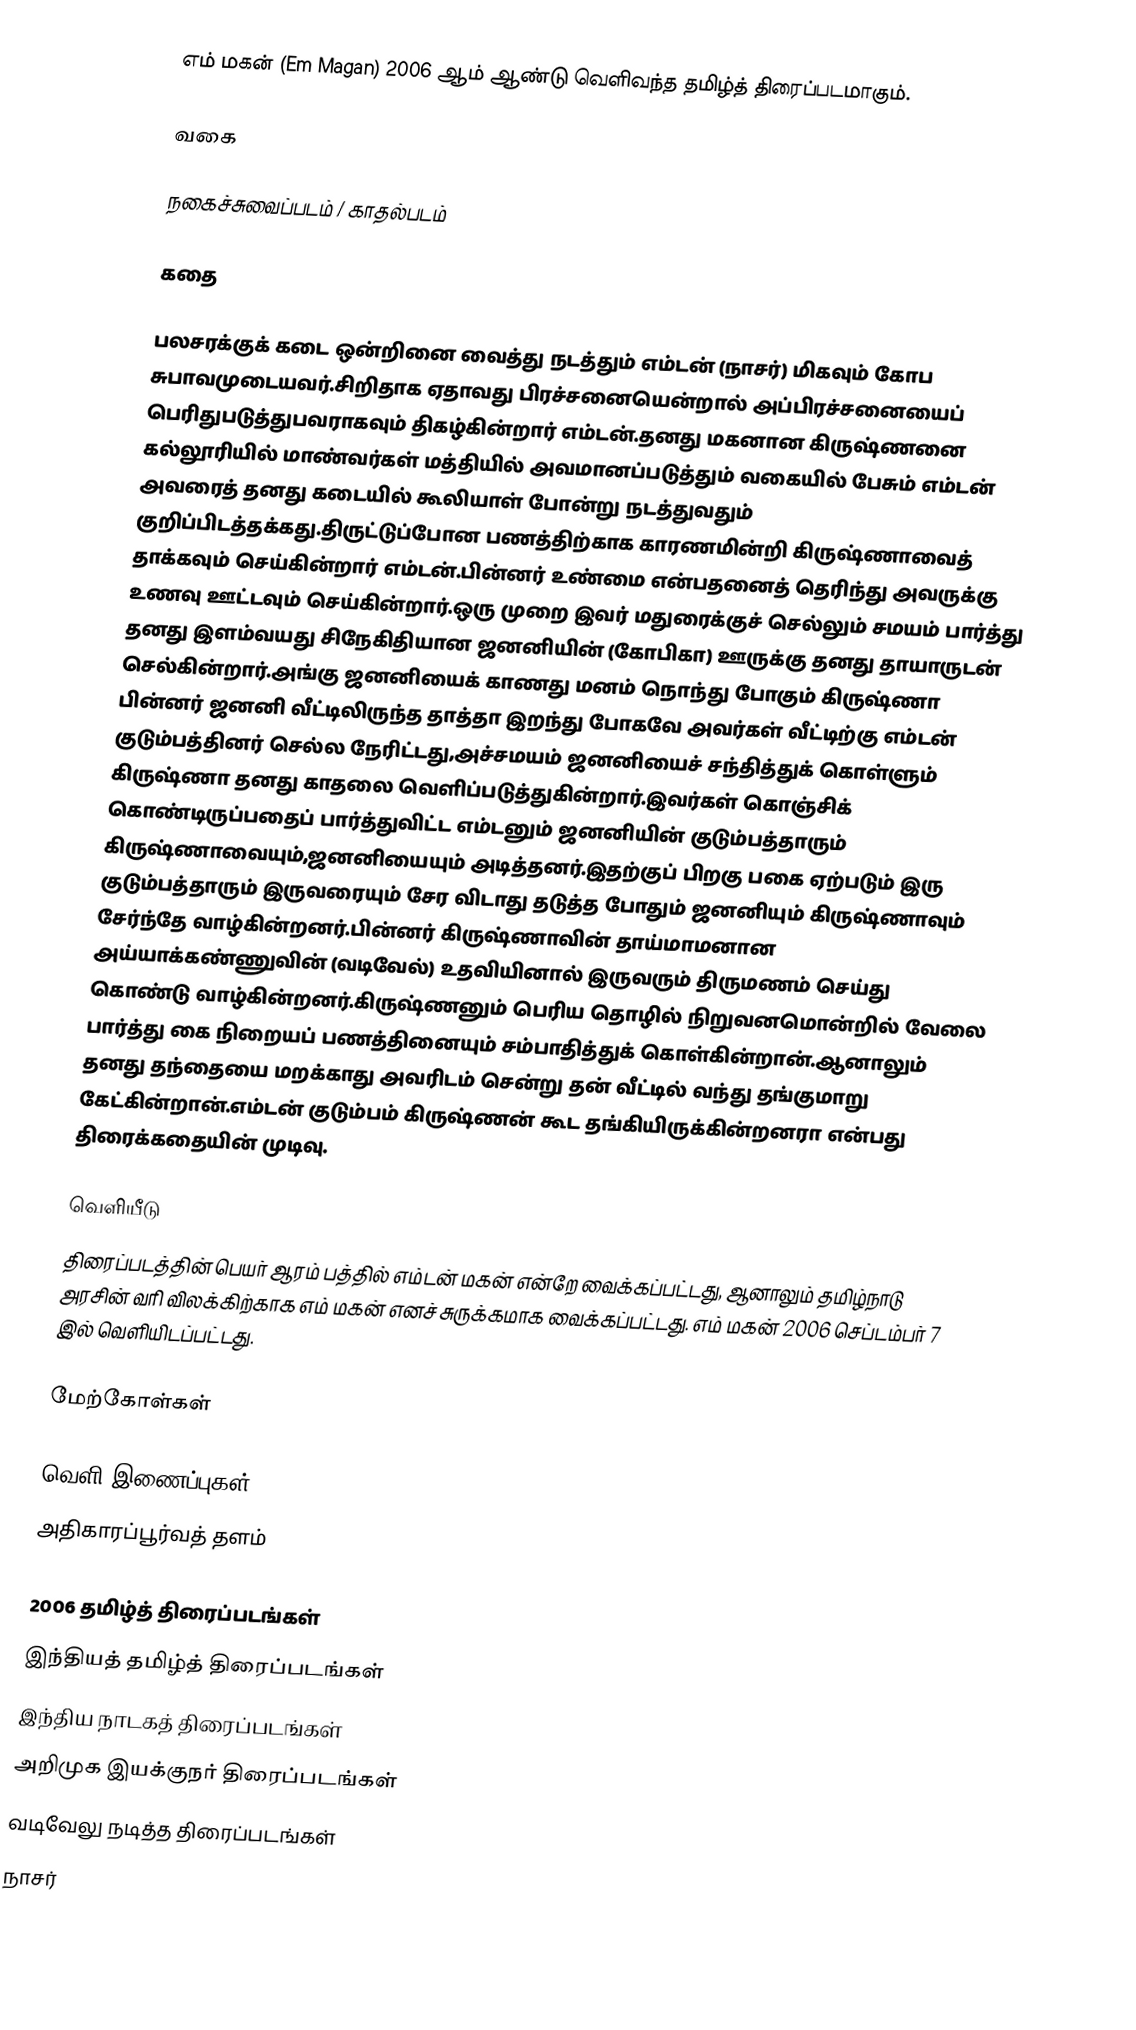
எம் மகன் (Em Magan) 2006 ஆம் ஆண்டு வெளிவந்த தமிழ்த் திரைப்படமாகும்.

வகை

நகைச்சுவைப்படம் / காதல்படம்

கதை

பலசரக்குக் கடை ஒன்றினை வைத்து நடத்தும் எம்டன் (நாசர்) மிகவும் கோப சுபாவமுடையவர்.சிறிதாக ஏதாவது பிரச்சனையென்றால் அப்பிரச்சனையைப் பெரிதுபடுத்துபவராகவும் திகழ்கின்றார் எம்டன்.தனது மகனான கிருஷ்ணனை கல்லூரியில் மாண்வர்கள் மத்தியில் அவமானப்படுத்தும் வகையில் பேசும் எம்டன் அவரைத் தனது கடையில் கூலியாள் போன்று நடத்துவதும் குறிப்பிடத்தக்கது.திருட்டுப்போன பணத்திற்காக காரணமின்றி கிருஷ்ணாவைத் தாக்கவும் செய்கின்றார் எம்டன்.பின்னர் உண்மை என்பதனைத் தெரிந்து அவருக்கு உணவு ஊட்டவும் செய்கின்றார்.ஒரு முறை இவர் மதுரைக்குச் செல்லும் சமயம் பார்த்து தனது இளம்வயது சிநேகிதியான ஜனனியின் (கோபிகா) ஊருக்கு தனது தாயாருடன் செல்கின்றார்.அங்கு ஜனனியைக் காணது மனம் நொந்து போகும் கிருஷ்ணா பின்னர் ஜனனி வீட்டிலிருந்த தாத்தா இறந்து போகவே அவர்கள் வீட்டிற்கு எம்டன் குடும்பத்தினர் செல்ல நேரிட்டது,அச்சமயம் ஜனனியைச் சந்தித்துக் கொள்ளும் கிருஷ்ணா தனது காதலை வெளிப்படுத்துகின்றார்.இவர்கள் கொஞ்சிக் கொண்டிருப்பதைப் பார்த்துவிட்ட எம்டனும் ஜனனியின் குடும்பத்தாரும் கிருஷ்ணாவையும்,ஜனனியையும் அடித்தனர்.இதற்குப் பிறகு பகை ஏற்படும் இரு குடும்பத்தாரும் இருவரையும் சேர விடாது தடுத்த போதும் ஜனனியும் கிருஷ்ணாவும் சேர்ந்தே வாழ்கின்றனர்.பின்னர் கிருஷ்ணாவின்  தாய்மாமனான அய்யாக்கண்ணுவின் (வடிவேல்) உதவியினால் இருவரும் திருமணம் செய்து கொண்டு வாழ்கின்றனர்.கிருஷ்ணனும் பெரிய தொழில் நிறுவனமொன்றில் வேலை பார்த்து கை நிறையப் பணத்தினையும் சம்பாதித்துக் கொள்கின்றான்.ஆனாலும் தனது தந்தையை மறக்காது அவரிடம் சென்று தன் வீட்டில் வந்து தங்குமாறு கேட்கின்றான்.எம்டன் குடும்பம் கிருஷ்ணன் கூட தங்கியிருக்கின்றனரா என்பது திரைக்கதையின் முடிவு.

வெளியீடு
திரைப்படத்தின் பெயர் ஆரம் பத்தில் எம்டன் மகன் என்றே வைக்கப்பட்டது, ஆனாலும் தமிழ்நாடு அரசின் வரி விலக்கிற்காக எம் மகன் எனச் சுருக்கமாக வைக்கப்பட்டது. எம் மகன் 2006 செப்டம்பர் 7 இல் வெளியிடப்பட்டது.

மேற்கோள்கள்

வெளி இணைப்புகள்
அதிகாரப்பூர்வத் தளம்

2006 தமிழ்த் திரைப்படங்கள்
இந்தியத் தமிழ்த் திரைப்படங்கள்
இந்திய நாடகத் திரைப்படங்கள்
அறிமுக இயக்குநர் திரைப்படங்கள்
வடிவேலு நடித்த திரைப்படங்கள்
நாசர்